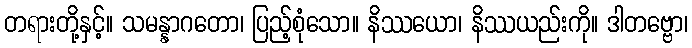
တရားတို့နှင့်။ သမန္နာဂတော၊ ပြည့်စုံသော။ နိဿယော၊ နိဿယည်းကို။ ဒါတဗ္ဗော၊